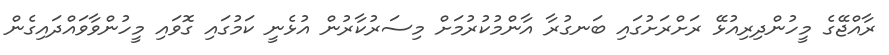
ރާއްޖޭގެ މީހުންދިރިއުޅޭ ރަށްރަށުގައި ބަނގުރާ އާންމުކުރުމަށް މިސަރުކާރުން އުޅެނީ ކަމުގައި ގޮވައި މީހުންވާވައްދައިގެން